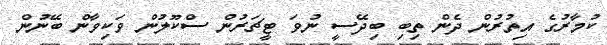
ކުމާރުގެ އިތުރުން ދެން ތިބި ބިދޭސީ ނުވަ ޓީޗަރުން ސްކޫލުން ވަކިވާން ބޭނުން